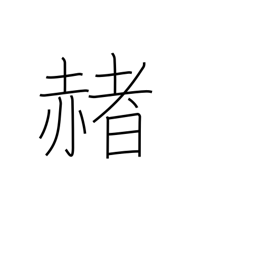
Meaning: red